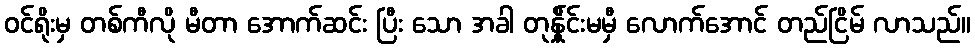
ဝင်ရိုးမှ တစ်ကီလို မီတာ အောက်ဆင်း ပြီး သော အခါ တုန်ှိုင်းမမှီ လောက်အောင် တည်ငြိမ် လာသည်။